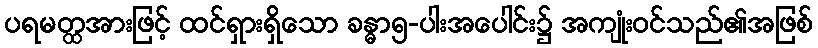
ပရမတ္ထအားဖြင့် ထင်ရှားရှိသော ခန္ဓာ၅-ပါးအပေါင်း၌ အကျုံးဝင်သည်၏အဖြစ်